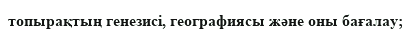
топырақтың генезисі, географиясы және оны бағалау;